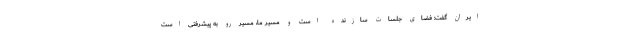
ایران گفت: فضای جلسات سازنده است و مسیر ما، مسیر رو به پیشرفتی است